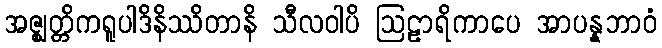
အဇ္ဈတ္တိကရူပါဒိနိဿိတာနိ သီလဝါပိ ဩဠာရိကာပေ အာပန္နဘာဝံ